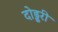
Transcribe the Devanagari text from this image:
दोड्डरी